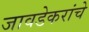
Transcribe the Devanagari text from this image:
जावडेकरांचे